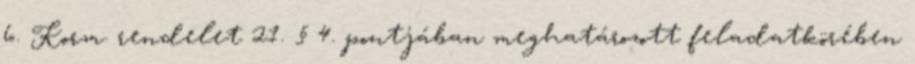
6. Korm. rendelet 21. § 4. pontjában meghatározott feladatkörében